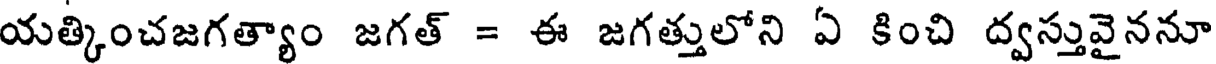
యత్కించజగత్యాం జగత్ = ఈ జగత్తులోని ఏ కించి ద్వస్తువైననూ